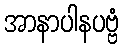
အာနာပါနပဗ္ဗံ